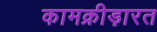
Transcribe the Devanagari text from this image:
कामक्रीड़ारत